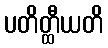
ပတိတ္ထီယတိ